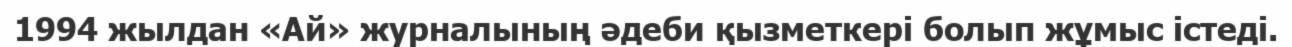
1994 жылдан «Ай» журналының әдеби қызметкері болып жұмыс істеді.